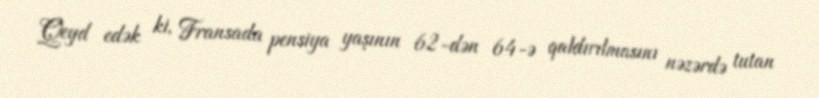
Qeyd edək ki, Fransada pensiya yaşının 62-dən 64-ə qaldırılmasını nəzərdə tutan